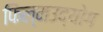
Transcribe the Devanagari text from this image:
फिल्मउद्योग